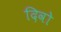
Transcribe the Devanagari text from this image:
दिवो